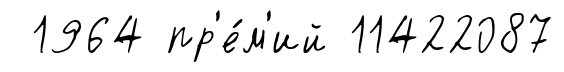
1964 пр'е́м'ий 11422087